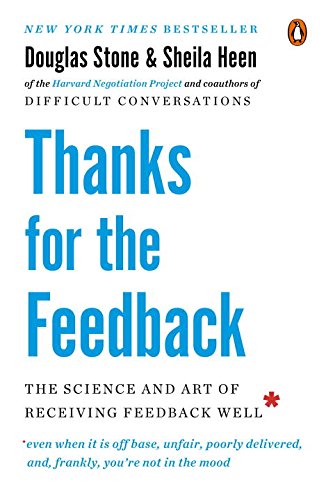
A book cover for Thanks for the Feedback: The Science and Art of Receiving Feedback Well; Douglas Stone; Self-Help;